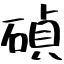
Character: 碵